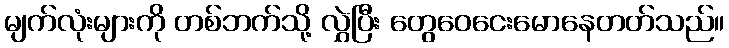
မျက်လုံးများကို တစ်ဘက်သို့ လွှဲပြီး တွေဝေငေးမောနေတတ်သည်။